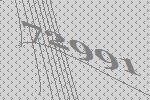
72991